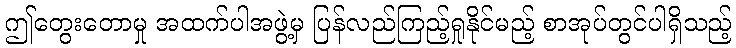
ဤတွေးတောမှု အထက်ပါအဖွဲ့မှ ပြန်လည်ကြည့်ရှုနိုင်မည့် စာအုပ်တွင်ပါရှိသည့်